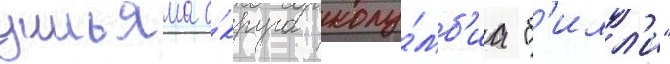
уильяма о́круга колу́мб'иа "б'илл'и"